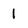
Character: 1